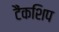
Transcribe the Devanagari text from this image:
टैंकशिप